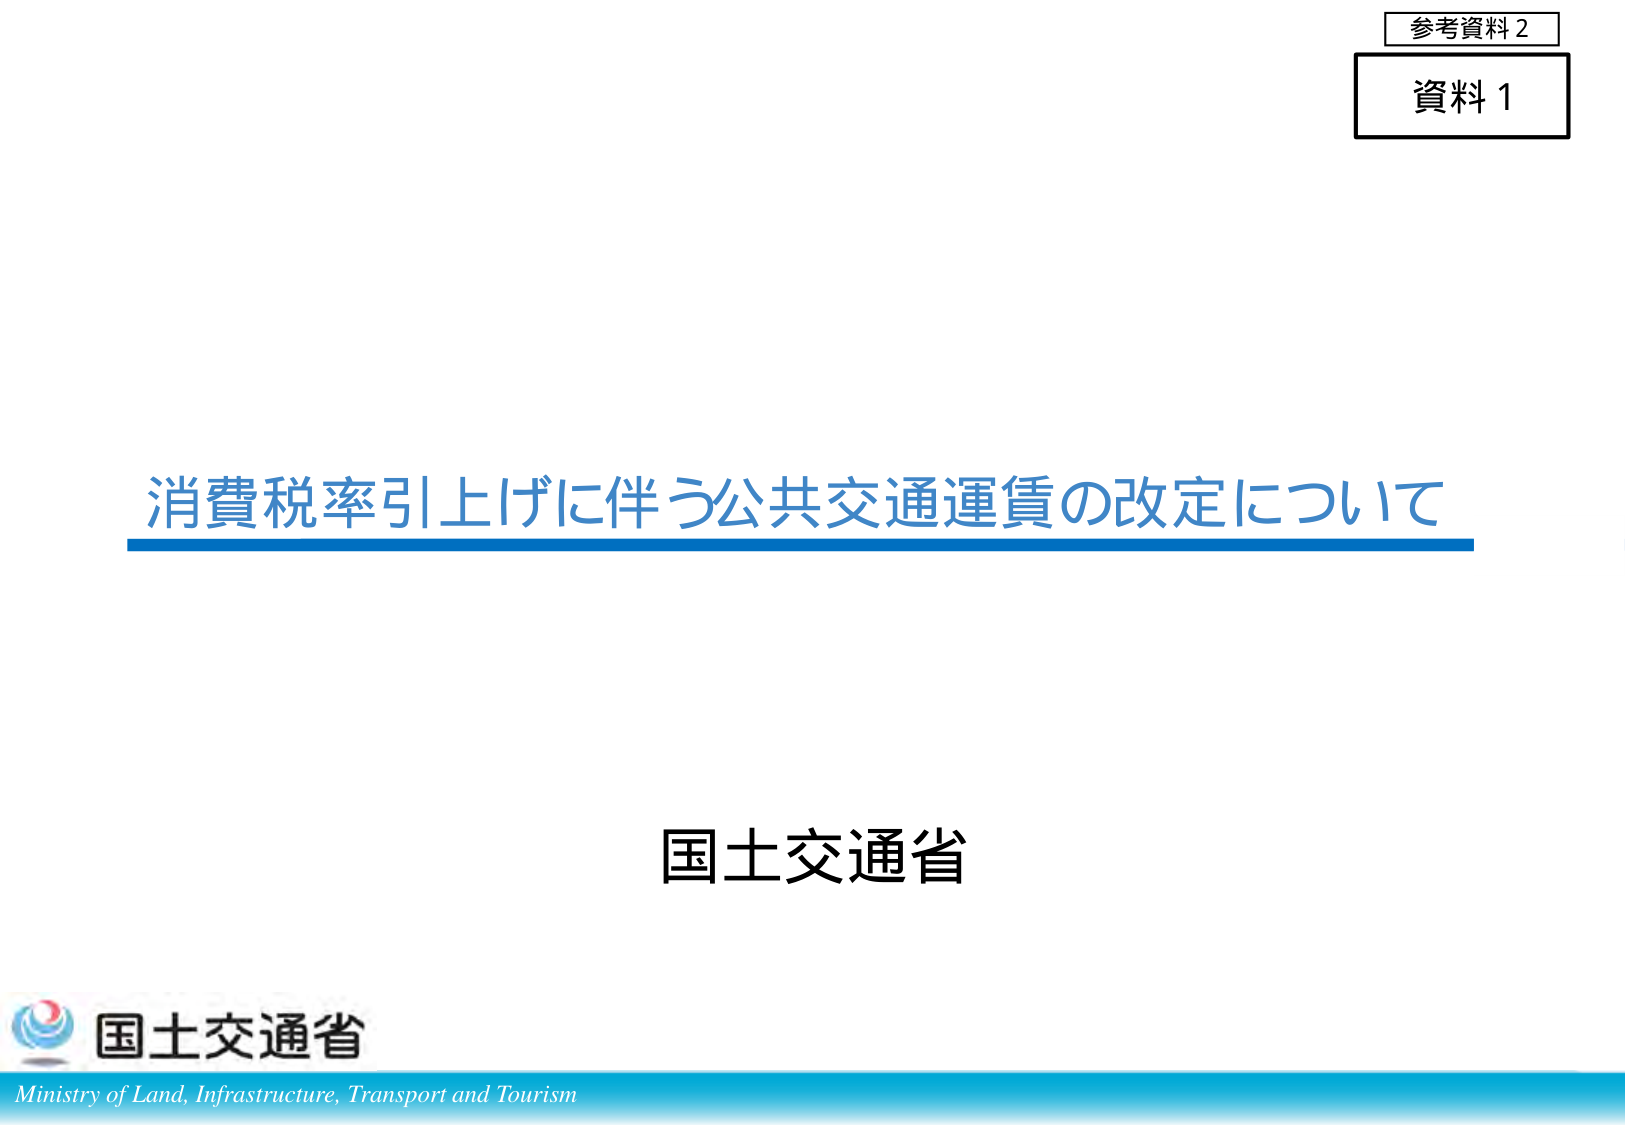
参考資料2
資料1
消費税率引上げに伴う公共交通運賃の改定について
国土交通省
国土交通省
Ministry of Land, Infrastructure, Transport and Tourism